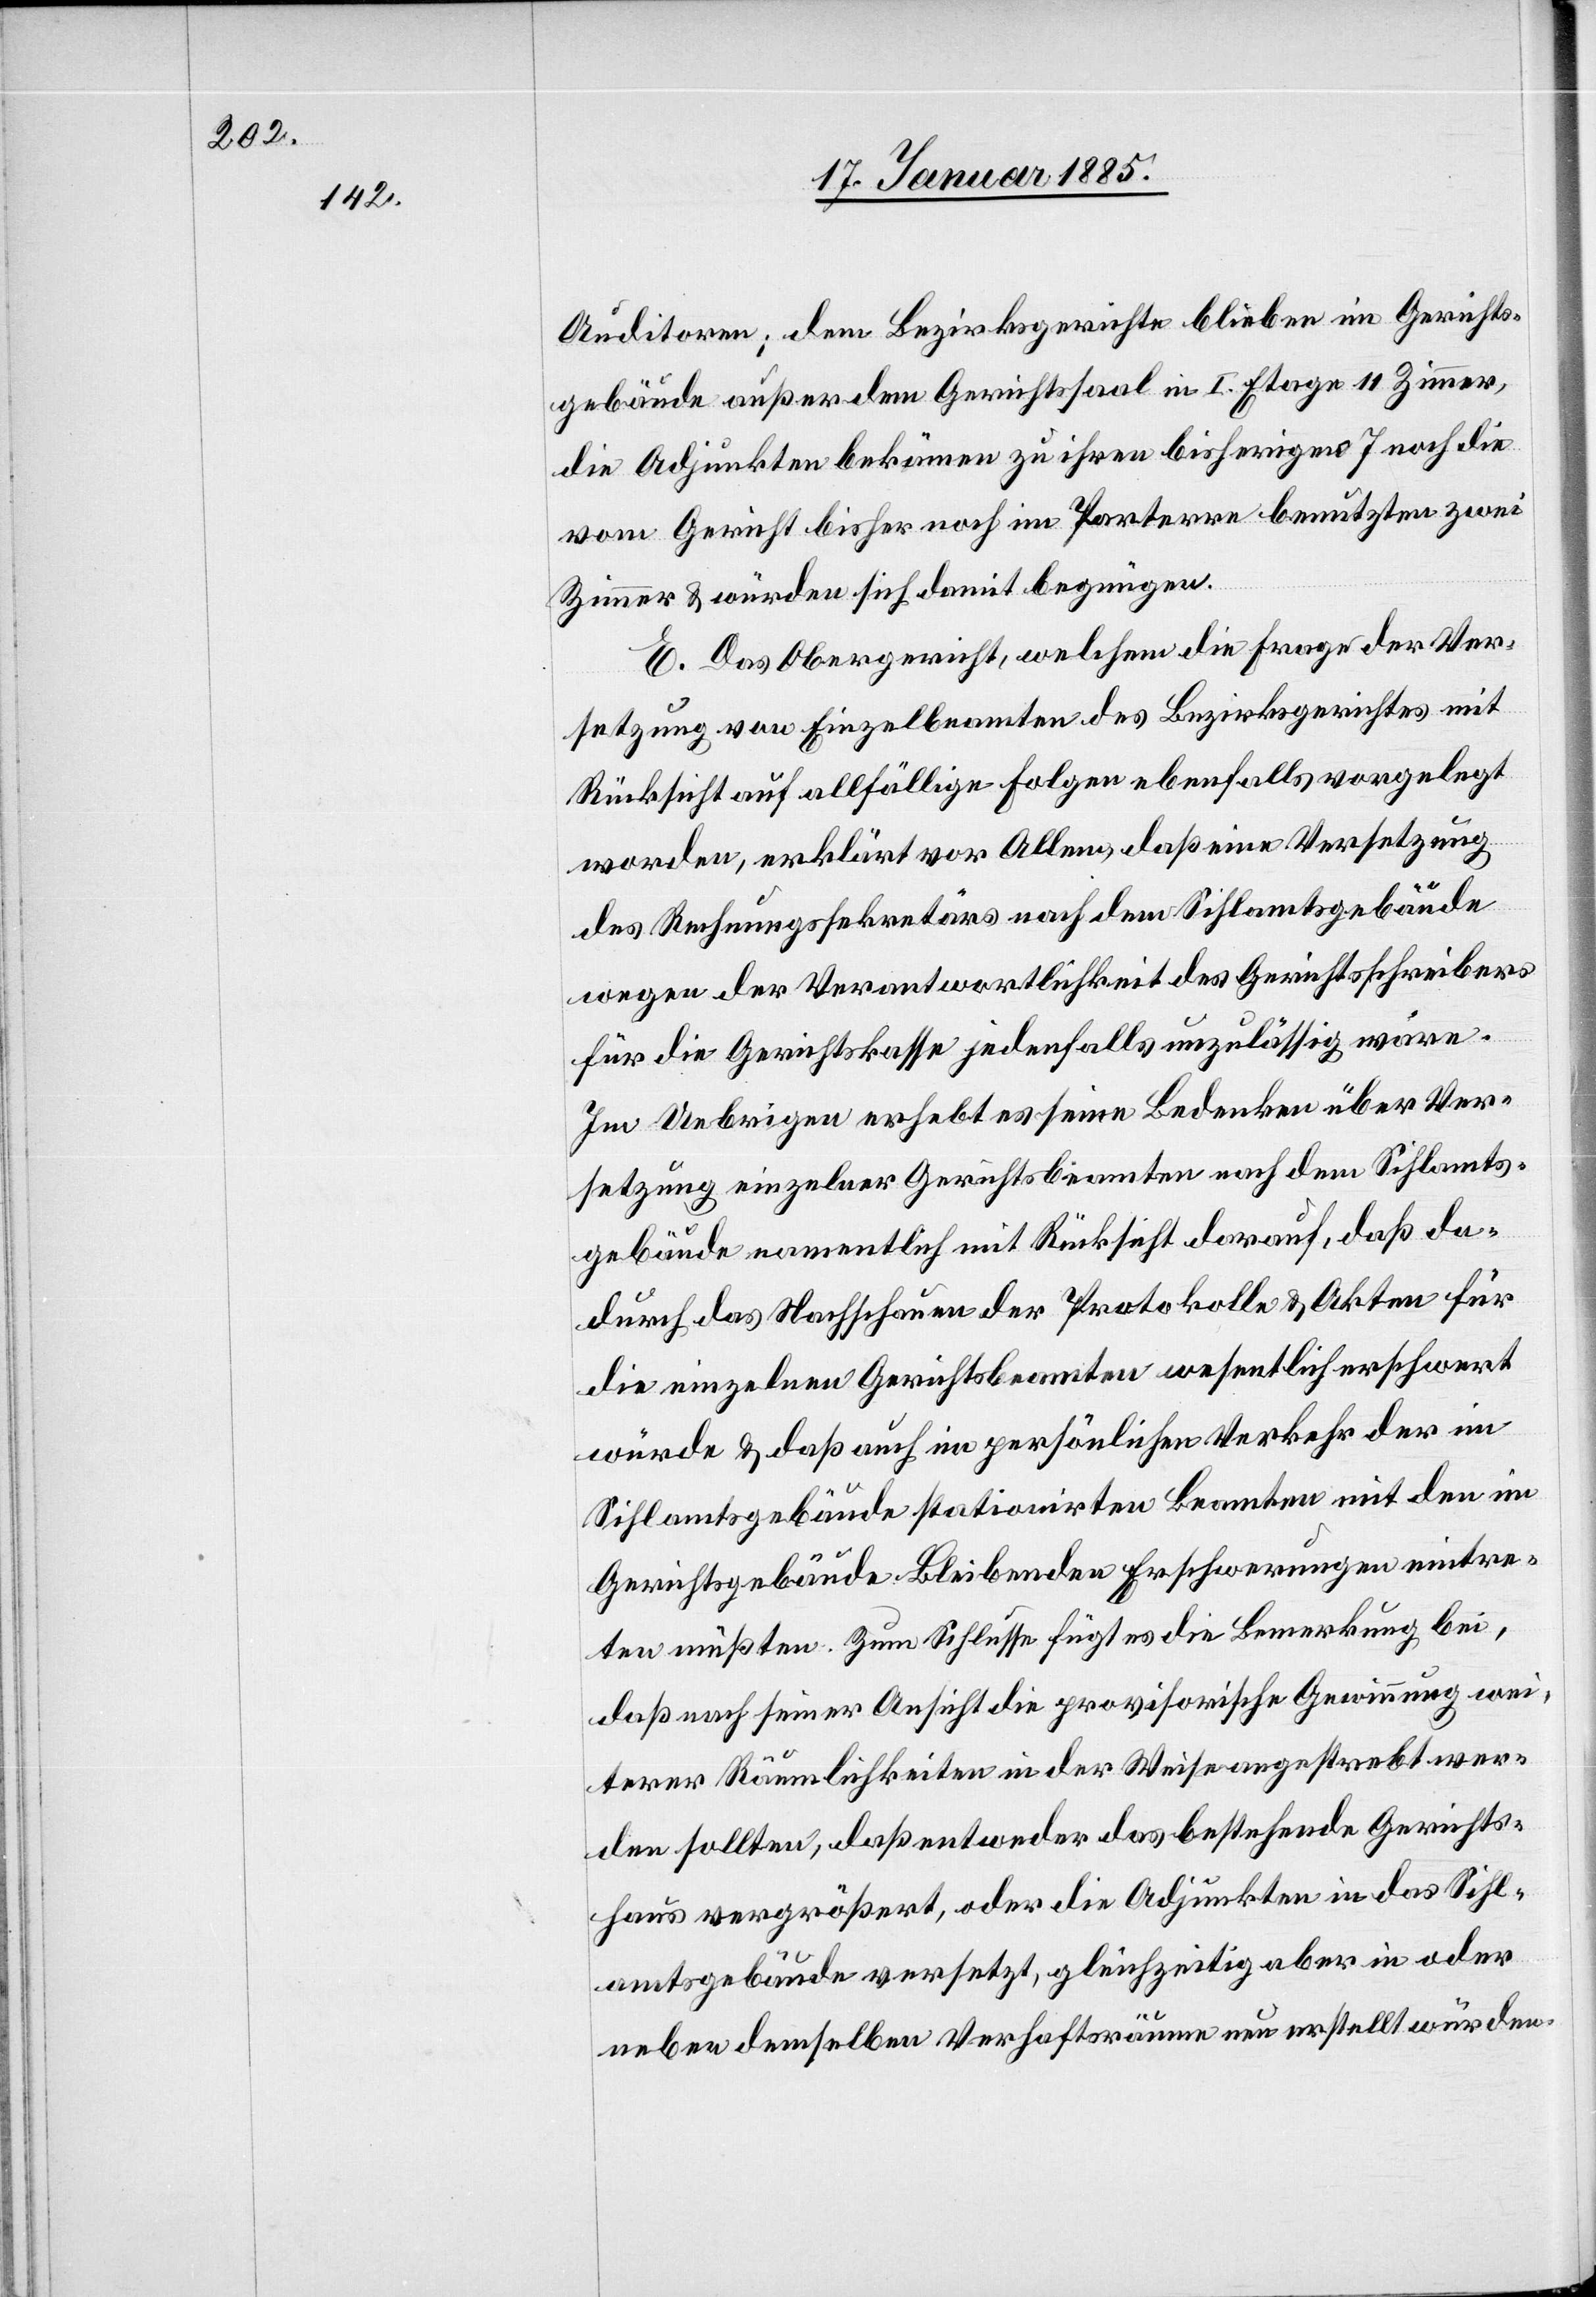
Auditoren; dem Bezirksgerichte blieben im Gerichts¬
gebäude außer dem Gerichtssaal in I. Etage 11 Zimmer,
die Adjunkten bekämen zu ihren bisherigen 7 noch die
vom Gericht bisher noch im Parterre benutzten zwei
Zimmer & würden sich damit begnügen.
E. Das Obergericht, welchem die Frage der Ver¬
setzung von Einzelbeamten des Bezirksgerichtes mit
Rücksicht auf allfällige Folgen ebenfalls vorgelegt
worden, erklärt vor Allem, daß eine Versetzung
des Rechnungssekretärs nach dem Sihlamtsgebäude
wegen der Verantwortlichkeit des Gerichtsschreibers
für die Gerichtskasse jedenfalls unzulässig wäre.
Im Uebrigen erhebt es seine Bedenken über Ver¬
setzung einzelner Gerichtsbeamten nach dem Sihlamts¬
gebäude namentlich mit Rücksicht darauf, daß da¬
durch das Nachschauen der Protokolle & Akten für
die einzelnen Gerichtsbeamten wesentlich erschwert
würde & daß auch im persönlichen Verkehr der im
Sihlamtsgebäude stationirten Beamten mit den im
Gerichtsgebäude bleibenden Erschwerungen eintre¬
ten müßten. Zum Schlusse fügt es die Bemerkung bei,
daß nach seiner Ansicht die provisorische Gewinnung wei¬
terer Räumlichkeiten in der Weise angestrebt wer¬
den sollten, daß entweder das bestehende Gerichts¬
haus vergrößert, oder die Adjunkten in das Sihl¬
amtsgebäude versetzt, gleichzeitig aber in oder
neben demselben Verhaftsräume neu erstellt würden.